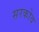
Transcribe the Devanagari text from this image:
सरकोव